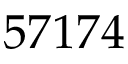
5 7 1 7 4